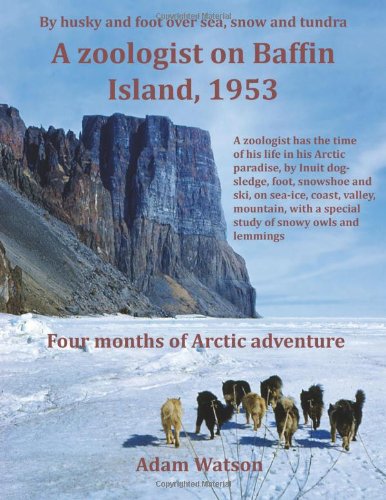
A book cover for A Zoologist on Baffin Island, 1953; Adam Watson; Biographies & Memoirs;